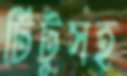
টিটুসহ